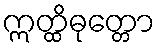
ဣတ္ထိဓုတ္တော